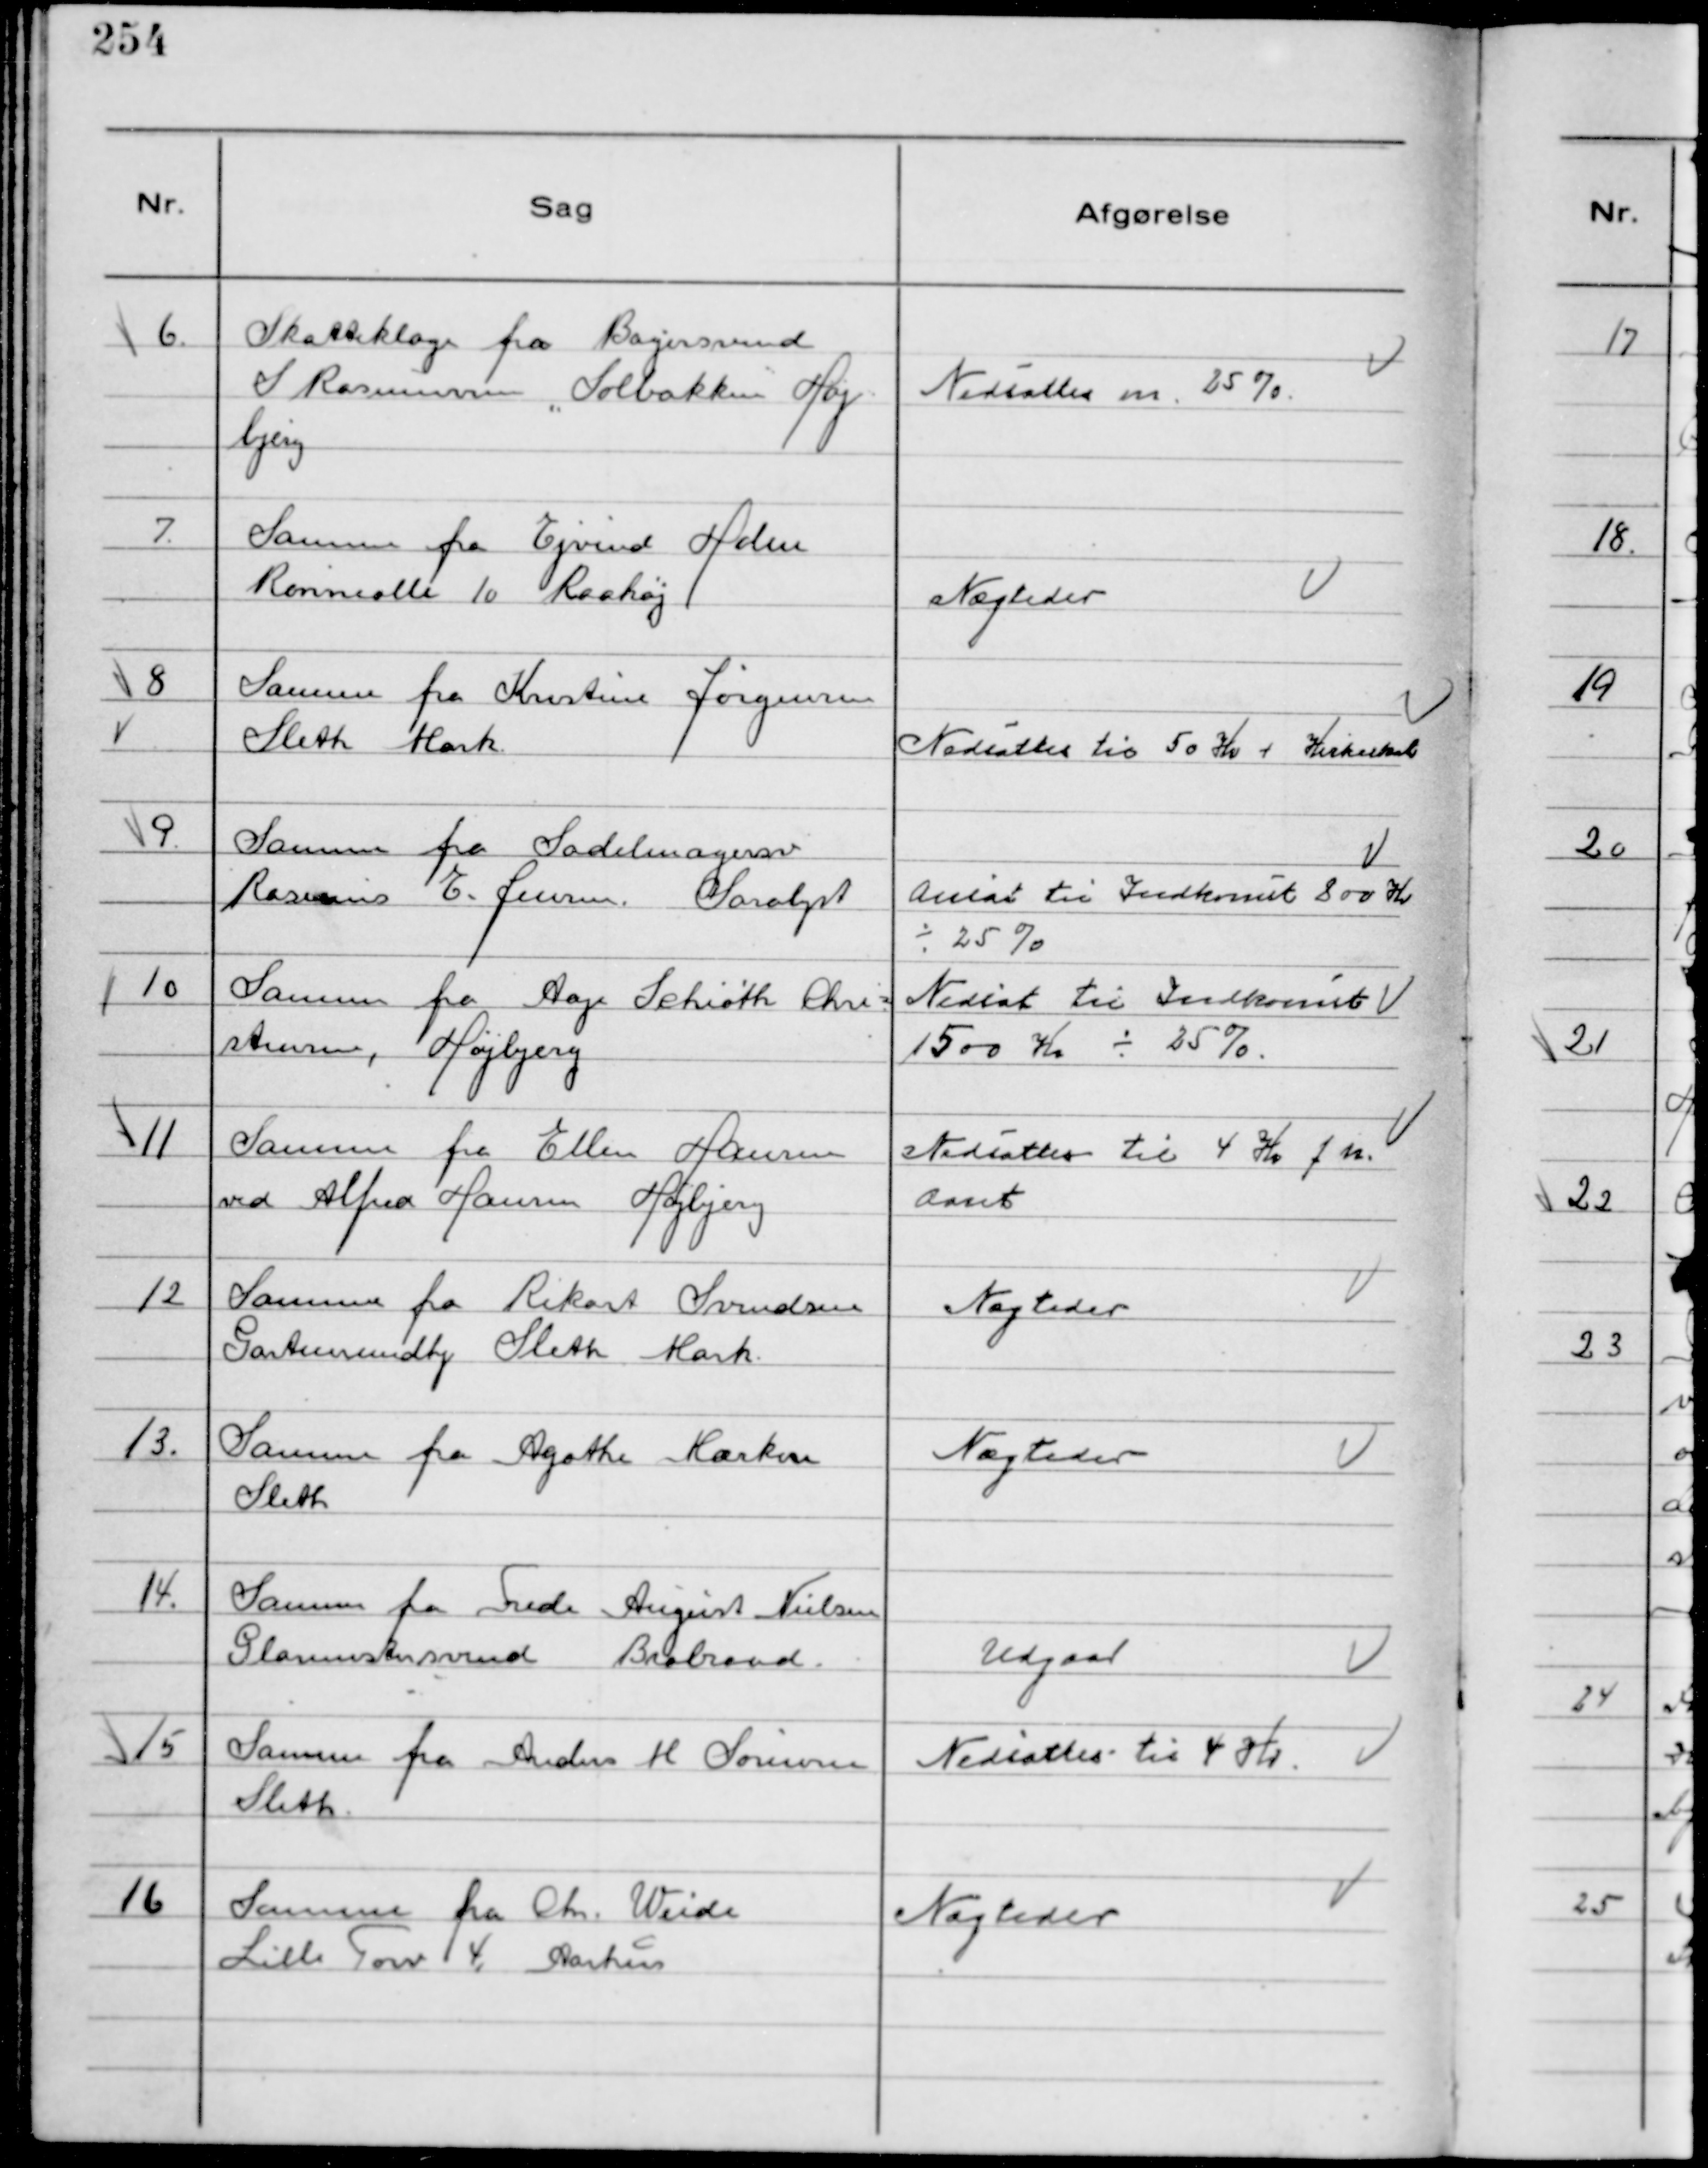
Transskription:
6.
Skatteklage fra Bagersvend
S Rasmussen "Solbakken" Høj
bjerg

Nedsattes m. 25%

7.
Samme fra Ejvind Holm
Rønnealle 10 Raahøj

Nægtedes

8
Samme fra Kristine Jørgensen
Sleth Mark.

Nedsattes til 50 Kr + Kirkeskat

9.
Samme fra Sadelmagersv
Rasmus E. Jensen. Saralyst

Ansat til Indkomst 800 Kr
÷ 25%

10
Samme fra Aage Schiøth Chri-
stensen, Højbjerg

Nedsat til Indkomst
1500 Kr ÷ 25%.

11
Samme fra Ellen Hansen
ved Alfred Hansen Højbjerg

Nedsattes til 4 Kr f r.
Aaret

12
Samme fra Rikart Svendsen
Gartnermedhj Sleth Mark

Nægtedes

13.
Samme fra Agathe Marken
Sleth

Nægtedes

14.
Samme fra Frede August Nielsen
Glarmestersvend Brabrand

Udgaar

15
Samme fra Anders M Sørensen
Sleth.

Nedsattes til 4 Kr

16
Samme fra Chr. Weide
Lille Torv 4, Aarhus

Nægtedes